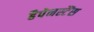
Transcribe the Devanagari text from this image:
हैपेनस्टैंस